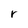
Character: r